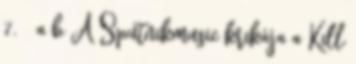
7. ↑ a b A Sputnikmusic krikája a Kill